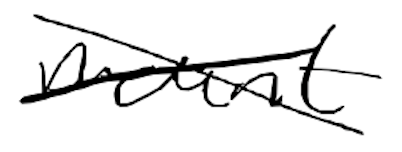
Text: mount
Cross-out: cross
Writing tool: digital_black